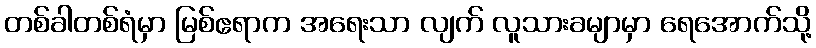
တစ်ခါတစ်ရံမှာ မြစ်ဧရာက အရေးသာ လျက် လူသားခမျာမှာ ရေအောက်သို့